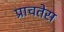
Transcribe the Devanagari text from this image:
प्राचतेस